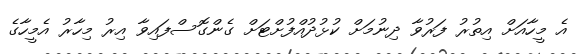
އެ މީހާއަށް އިތުރު ފަރުވާ ދިނުމަށް ކުޅުދުއްފުށްޓަށް ގެންގޮސްފައިވާ އިރު މިހާރު އެމީހާގެ